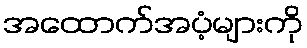
အထောက်အပံ့များကို